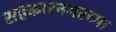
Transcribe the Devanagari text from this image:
सहकारनगरच्या